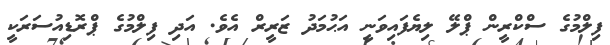
ފިލްމުގެ ސްކްރީން ޕްލޭ ލިޔެފައިވަނީ އަޙުމަދު ޒަރީރް އެވެ. އަދި ފިލްމުގެ ޕްރޮޑިއުސަރަކީ